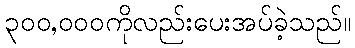
၃၀၀,၀၀၀ကိုလည်းပေးအပ်ခဲ့သည်။